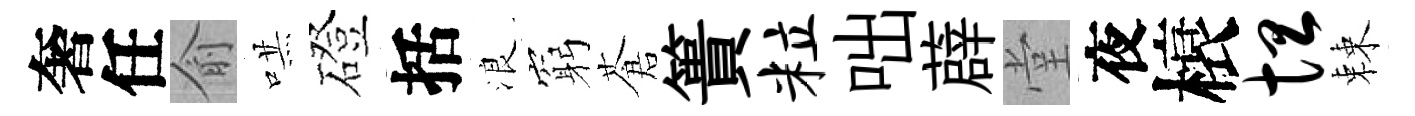
奢任俞哄磴括浪窮蒼簣粒咄薜堂夜榱坦棘